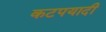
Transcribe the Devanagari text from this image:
कटपयादी